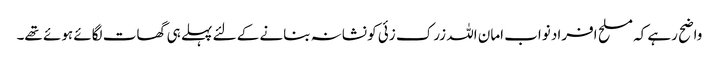
واضح رہے کہ مسلح افراد نواب امان اللہ زرک زئی کو نشانہ بنانے کے لئے پہلے ہی گھات لگائے ہوئے تھے۔